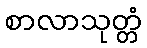
စာလာသုတ္တံ